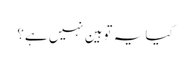
کیا یہ توہین نہیں ہے؟